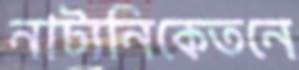
নাট্যনিকেতনে